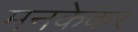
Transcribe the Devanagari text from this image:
मनकेकर